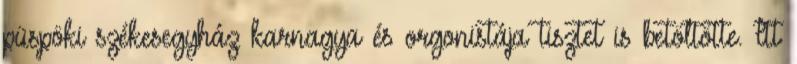
püspöki székesegyház karnagya és orgonistája tisztet is betöltötte. Itt